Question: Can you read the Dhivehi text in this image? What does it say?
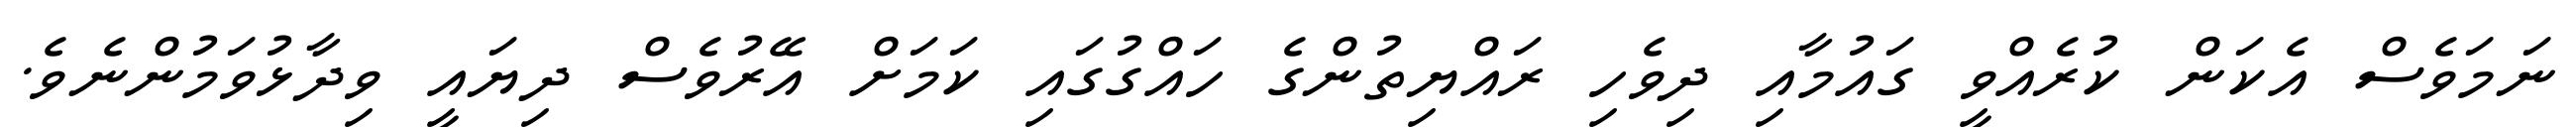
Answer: ނަމަވެސް އެކަން ކުރެއްވީ ގައުމާއި ދިވެހި ރައްޔިތުންގެ ހައްގުގައި ކަމަށް އޭރުވެސް ދިޔައީ ވިދާޅުވަމުންނެވެ.